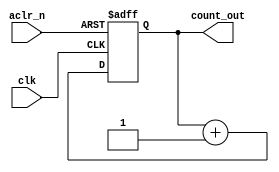
`timescale 1ns / 1ps
//////////////////////////////////////////////////////////////////////////////////
// Company: 
// Engineer: 
// 
// Design Name: 
// Module Name: counter
// Project Name: 
// Target Devices: 
// Tool Versions: 
// Description: 
// 
// Dependencies: 
// 
// Revision:
// Revision 0.01 - File Created
// Additional Comments:
// 
//////////////////////////////////////////////////////////////////////////////////


module counter(
input clk,
input aclr_n,
output reg[1:0]count_out
    );
    always@(posedge clk or negedge aclr_n)
    begin
     if(!aclr_n)
     count_out<=2'b00;
     else
     count_out<=count_out+1;
    end
endmodule